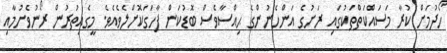
ހޯދުމަށް ކުރާ މަސައްކަތްތަކުގައި ރަށުގެ އަންހެނުންގެ ޙިއްސާވެސް ބޮޑުކަން ފާހަގަކޮށްލެވެއެވެ. މީގެއިތުރުން ރޯނުވެށުމާއި